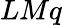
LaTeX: LMq